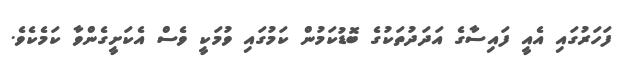
ފަހަރުގައި އެއީ ފައިސާގެ އަދަދުތަކުގެ ބޮޑުކަމުން ކަމުގައި ވުމަކީ ވެސް އެކަށީގެންވާ ކަމެކެވެ.